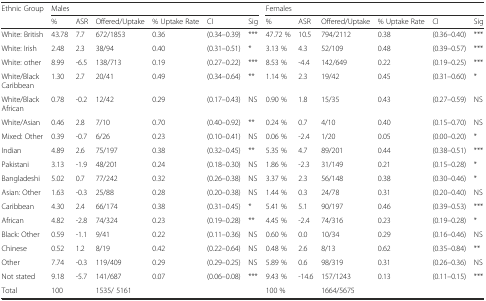
<table><thead><tr><td rowspan="2"><b>Ethnic Group</b></td><td colspan="6"><b>Males</b></td><td colspan="6"><b>Females</b></td></tr><tr><td><b>%</b></td><td><b>ASR</b></td><td><b>Offered/Uptake</b></td><td><b>% Uptake Rate</b></td><td><b>CI</b></td><td><b>Sig</b></td><td><b>%</b></td><td><b>ASR</b></td><td><b>Offered/Uptake</b></td><td><b>% Uptake Rate</b></td><td><b>CI</b></td><td><b>Sig</b></td></tr></thead><tbody><tr><td>White: British</td><td>43.78</td><td>7.7</td><td>672/1853</td><td>0.36</td><td>(0.34–0.39)</td><td>***</td><td>47.72 %</td><td>10.5</td><td>794/2112</td><td>0.38</td><td>(0.36–0.40)</td><td>***</td></tr><tr><td>White: Irish</td><td>2.48</td><td>2.3</td><td>38/94</td><td>0.40</td><td>(0.31–0.51)</td><td>*</td><td>3.13 %</td><td>4.3</td><td>52/109</td><td>0.48</td><td>(0.39–0.57)</td><td>***</td></tr><tr><td>White: other</td><td>8.99</td><td>-6.5</td><td>138/713</td><td>0.19</td><td>(0.27–0.22)</td><td>***</td><td>8.53 %</td><td>-4.4</td><td>142/649</td><td>0.22</td><td>(0.19–0.25)</td><td>***</td></tr><tr><td>White/Black Caribbean</td><td>1.30</td><td>2.7</td><td>20/41</td><td>0.49</td><td>(0.34–0.64)</td><td>**</td><td>1.14 %</td><td>2.3</td><td>19/42</td><td>0.45</td><td>(0.31–0.60)</td><td>*</td></tr><tr><td>White/Black African</td><td>0.78</td><td>-0.2</td><td>12/42</td><td>0.29</td><td>(0.17–0.43)</td><td>NS</td><td>0.90 %</td><td>1.8</td><td>15/35</td><td>0.43</td><td>(0.27–0.59)</td><td>NS</td></tr><tr><td>White/Asian</td><td>0.46</td><td>2.8</td><td>7/10</td><td>0.70</td><td>(0.40–0.92)</td><td>**</td><td>0.24 %</td><td>0.7</td><td>4/10</td><td>0.40</td><td>(0.15–0.70)</td><td>NS</td></tr><tr><td>Mixed: Other</td><td>0.39</td><td>-0.7</td><td>6/26</td><td>0.23</td><td>(0.10–0.41)</td><td>NS</td><td>0.06 %</td><td>-2.4</td><td>1/20</td><td>0.05</td><td>(0.00–0.20)</td><td>*</td></tr><tr><td>Indian</td><td>4.89</td><td>2.6</td><td>75/197</td><td>0.38</td><td>(0.32–0.45)</td><td>**</td><td>5.35 %</td><td>4.7</td><td>89/201</td><td>0.44</td><td>(0.38–0.51)</td><td>***</td></tr><tr><td>Pakistani</td><td>3.13</td><td>-1.9</td><td>48/201</td><td>0.24</td><td>(0.18–0.30)</td><td>NS</td><td>1.86 %</td><td>-2.3</td><td>31/149</td><td>0.21</td><td>(0.15–0.28)</td><td>*</td></tr><tr><td>Bangladeshi</td><td>5.02</td><td>0.7</td><td>77/242</td><td>0.32</td><td>(0.26–0.38)</td><td>NS</td><td>3.37 %</td><td>2.3</td><td>56/148</td><td>0.38</td><td>(0.30–0.46)</td><td>*</td></tr><tr><td>Asian: Other</td><td>1.63</td><td>-0.3</td><td>25/88</td><td>0.28</td><td>(0.20–0.38)</td><td>NS</td><td>1.44 %</td><td>0.3</td><td>24/78</td><td>0.31</td><td>(0.20–0.40)</td><td>NS</td></tr><tr><td>Caribbean</td><td>4.30</td><td>2.4</td><td>66/174</td><td>0.38</td><td>(0.31–0.45)</td><td>*</td><td>5.41 %</td><td>5.1</td><td>90/197</td><td>0.46</td><td>(0.39–0.53)</td><td>***</td></tr><tr><td>African</td><td>4.82</td><td>-2.8</td><td>74/324</td><td>0.23</td><td>(0.19–0.28)</td><td>**</td><td>4.45 %</td><td>-2.4</td><td>74/316</td><td>0.23</td><td>(0.19–0.28)</td><td>*</td></tr><tr><td>Black: Other</td><td>0.59</td><td>-1.1</td><td>9/41</td><td>0.22</td><td>(0.11–0.36)</td><td>NS</td><td>0.60 %</td><td>0.0</td><td>10/34</td><td>0.29</td><td>(0.16–0.46)</td><td>NS</td></tr><tr><td>Chinese</td><td>0.52</td><td>1.2</td><td>8/19</td><td>0.42</td><td>(0.22–0.64)</td><td>NS</td><td>0.48 %</td><td>2.6</td><td>8/13</td><td>0.62</td><td>(0.35–0.84)</td><td>**</td></tr><tr><td>Other</td><td>7.74</td><td>-0.3</td><td>119/409</td><td>0.29</td><td>(0.29–0.25)</td><td>NS</td><td>5.89 %</td><td>0.6</td><td>98/319</td><td>0.31</td><td>(0.26–0.36)</td><td>NS</td></tr><tr><td>Not stated</td><td>9.18</td><td>-5.7</td><td>141/687</td><td>0.07</td><td>(0.06–0.08)</td><td>***</td><td>9.43 %</td><td>-14.6</td><td>157/1243</td><td>0.13</td><td>(0.11–0.15)</td><td>***</td></tr><tr><td>Total</td><td>100</td><td></td><td>1535/ 5161</td><td></td><td></td><td></td><td>100 %</td><td></td><td>1664/5675</td><td></td><td></td><td></td></tr></tbody></table>